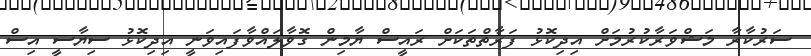
ސަރުކާރާ މަޝްވަރާކުރުމަށް އިދިކޮޅު ފަރާތްތަކަށް ރައީސް ޔާމިން ގޮވާލައްވާފައިވަނީ އިދިކޮޅު ސިޔާސީ އިސް